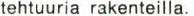
tehtuuria rakenteilla.